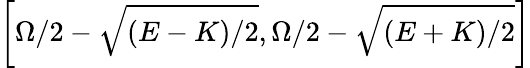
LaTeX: \left[\Omega/2-\sqrt{(E-K)/2},\Omega/2-\sqrt{(E+K)/2}\right]